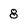
Character: 8